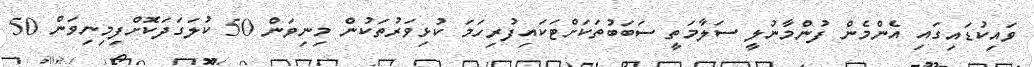
ވައިކުޑައިގައި އެންމެން ފުންމާނުލީ ސަލާމަތީ ސަބަބުތަކަށްޓަކައިފުރިހަމަ ކުޅިވަރުތަކުން މިނިވަން 50 ކުލަގަދަކޮށްފިމިނިވަން 50